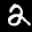
Label: 2